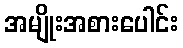
အမျိုးအစားပေါင်း